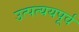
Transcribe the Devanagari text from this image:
उत्पत्ययपूर्व